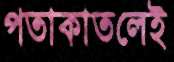
পতাকাতলেই